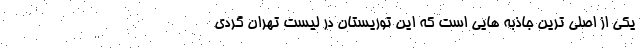
یکی از اصلی ترین جاذبه هایی است که این توریستان در لیست تهران گردی